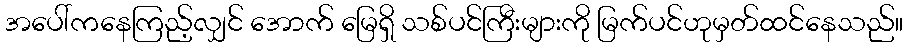
အပေါ်ကနေကြည့်လျှင် အောက် မြေရှိ သစ်ပင်ကြီးများကို မြက်ပင်ဟုမှတ်ထင်နေသည်။